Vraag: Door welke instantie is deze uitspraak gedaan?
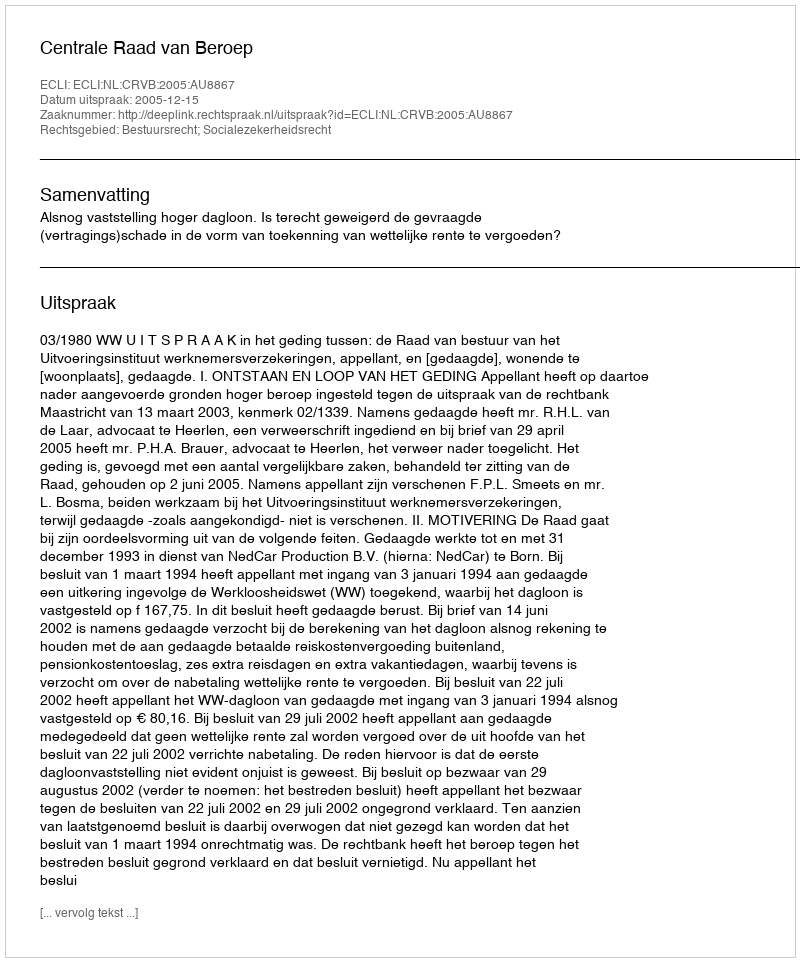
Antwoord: Centrale Raad van Beroep